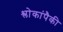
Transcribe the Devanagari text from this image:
श्लोकांपैकी